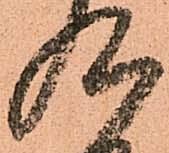
九